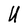
Character: U